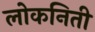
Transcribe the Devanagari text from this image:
लोकनिती